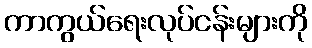
ကာကွယ်ရေးလုပ်ငန်းများကို